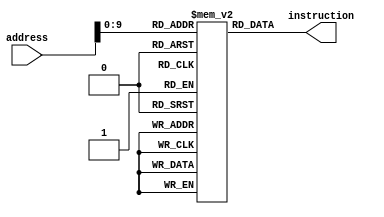
module instructionMemory_P1
    #(parameter Width = 32)
(
    input  [Width-1:0] address,
    output [Width-1:0] instruction
);
    reg [9:0] cutAddress;
    reg [Width-1:0] mem[0:1023];

    initial begin
        mem[ 0] = 32'h05FB8263; // 32'b0 000010 11111 10111 000 0010 0 1100011; // beq  x31,x23,34

        mem[ 4] = 32'h01DE8D33; // 32'b0000000 11101 11101 000 11010 0110011 // add  x26,x29,x29
        mem[ 8] = 32'h01DD0D33; // 32'b0000000 11101 11010 000 11010 0110011 // add  x26,x26,x29
        mem[12] = 32'h003D0D02; // 32'b000000000011 11010 000 11010 0000010 // addi3  x26,x26,3
        mem[16] = 32'h000F0D82; // 32'b000000000000 11110 000 11011 0000010 // addi3  x27,x30,0
        mem[20] = 32'h01BD0D33; // 32'b0000000 11011 11010 000 11010 0110011 // add  x26,x26,x27
        mem[24] = 32'h00CD8D82; // 32'b000000001100 11011 000 11011 0000010 // addi3  x27,x27,12
        mem[28] = 32'h000D0C03; // 32'b000000000000 11010 000 11000 0000011 // lw x24,0(x26)
        mem[32] = 32'h000D8C83; // 32'b000000000000 11011 000 11001 0000011 // lw x25,0(x27)
        mem[36] = 32'h419C1C33; // 32'b0100000 11001 11000 001 11000 0110011 // mul x24,x24,x25
        mem[40] = 32'h018F8FB3; // 32'b0000000 11000 11111 000 11111 0110011 // add  x31,x31,x24
        mem[44] = 32'h001F0F02; // 32'b000000000001 11110 000 11110 0000010 // addi3  x30,x30,1

        mem[48] = 32'h01EB8263; // 32'b0 000000 11110 10111 000 0010 0 1100011 // beq  x30,x23,0
        mem[52] = 32'h01FE8007; // 32'b0000000 11111 11101 000 00000 0000111 // sw x29,0(x31)
        mem[56] = 32'h00000F82; // 32'b000000000000 00000 000 11111 0000010 // addi3  x31,x0,0
        mem[60] = 32'h00000F02; // 32'b000000000000 00000 000 11110 0000010 // addi3  x30,x0,0
        mem[64] = 32'h001E8E82; // 32'b000000000001 11101 000 11101 0000010 // addi3  x29,x29,1

        mem[68] = 32'h03DB8863; // 32'b0 000001 11101 10111 000 1000 0 1100011 // beq  x29,x23,24

    end
    assign instruction = mem[address];
endmodule